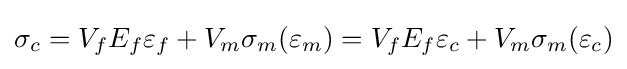
\sigma _{c}=V_{f}E_{f}\varepsilon _{f}+V_{m}\sigma _{m}(\varepsilon _{m})=V_{f}E_{f}\varepsilon _{c}+V_{m}\sigma _{m}(\varepsilon _{c})